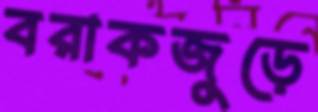
বরাকজুড়ে